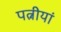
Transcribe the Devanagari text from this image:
पत्नीयां